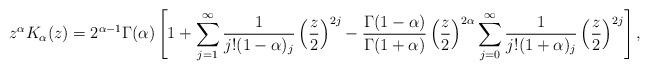
LaTeX: \begin{align*} z^\alpha K_\alpha(z) = 2^{\alpha-1} \Gamma(\alpha) \left[ 1 + \sum_{j=1}^\infty \frac1{j! (1-\alpha)_j} \left(\frac{z}2\right)^{2j} - \frac{\Gamma(1-\alpha)}{\Gamma(1+\alpha)} \left(\frac{z}2\right)^{2\alpha} \sum_{j=0}^\infty \frac1{j! (1+\alpha)_j} \left(\frac{z}2\right)^{2j} \right],\end{align*}